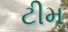
ટીમ